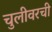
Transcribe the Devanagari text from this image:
चुलीवरची